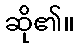
ဆို၏။